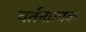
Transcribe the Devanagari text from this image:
वर्तनात्मक